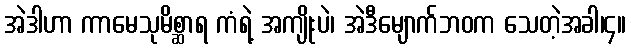
အဲဒါဟာ ကာမေသုမိစ္ဆာရ ကံရဲ့ အကျိုးပဲ၊ အဲဒီမျောက်ဘဝက သေတဲ့အခါ၊၄။